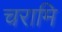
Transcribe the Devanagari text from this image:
चरामि